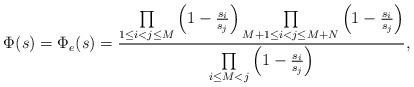
LaTeX: \begin{align*}\Phi (s) = \Phi_e(s) = {\prod\limits_{1\leq i < j\leq M }\left(1 - {s_i\over s_j}\right) \prod\limits_{M+1 \leq i < j\leq M+N }\left(1 - {s_i\over s_j}\right) \over\prod\limits_{i\leq M < j} \left(1 - {s_i\over s_j}\right) },\end{align*}